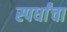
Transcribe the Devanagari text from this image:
स्पर्धांंचा